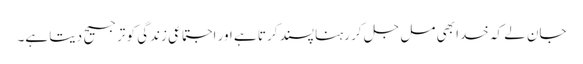
جان لے کہ خدا بھی مل جل کر رہنا پسند کرتا ہے اور اجتماعی زندگی کو ترجیح دیتا ہے۔